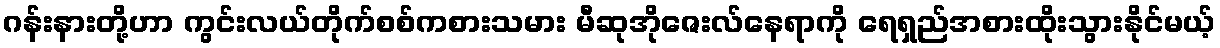
ဂန်းနားတို့ဟာ ကွင်းလယ်တိုက်စစ်ကစားသမား မီဆုအိုဇေးလ်နေရာကို ရေရှည်အစားထိုးသွားနိုင်မယ့်